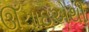
ઊઁચાઇએથી